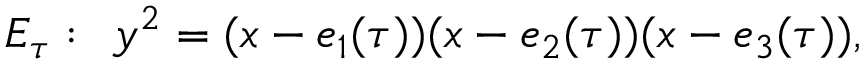
E _ { \tau } : \: \: y ^ { 2 } = ( x - e _ { 1 } ( \tau ) ) ( x - e _ { 2 } ( \tau ) ) ( x - e _ { 3 } ( \tau ) ) ,